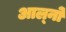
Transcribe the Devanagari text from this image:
आल्नो